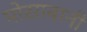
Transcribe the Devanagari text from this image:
मोसाबानी